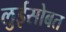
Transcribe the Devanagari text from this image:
लुईसोबत